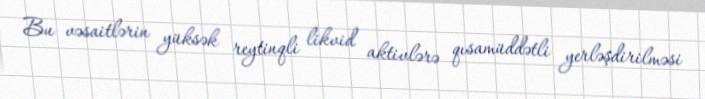
Bu vəsaitlərin yüksək reytinqli likvid aktivlərə qısamüddətli yerləşdirilməsi